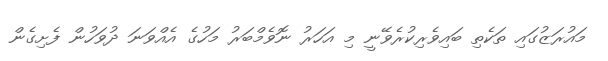
މައުރަޒުގައި ތަކެތި ބައިވެރިކުރެވޭނީ މި އަހަރު ނޮވެމްބަރު މަހުގެ އެއްވަނަ ދުވަހުން ފެށިގެން